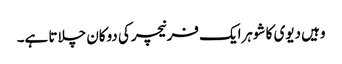
وہیں دیوی کا شوہرایک فرنیچرکی دوکان چلاتا ہے۔